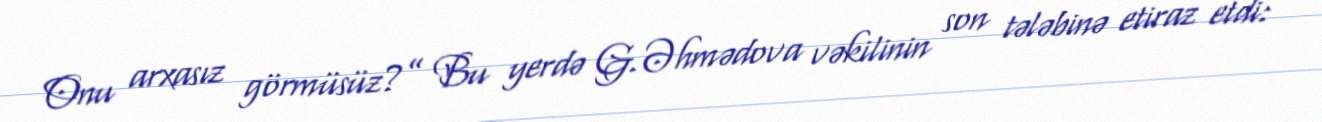
Onu arxasız görmüsüz?” Bu yerdə G.Əhmədova vəkilinin son tələbinə etiraz etdi: